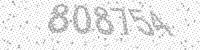
Solution: 808754